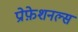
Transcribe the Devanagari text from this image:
प्रोफ़ेशनल्स